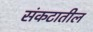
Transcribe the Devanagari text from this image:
संकटातील